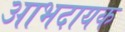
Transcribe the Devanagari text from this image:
आभदायक